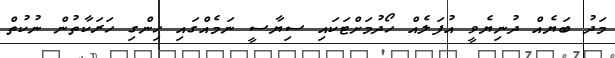
މަދު ބަޔެއް ދުނިޔެވީ އުފަލެއް ހޯދުމަށްޓަކައި ސިޔާސީ ނަމެއްގައި ހިންގި ހަރަކާތުން ނުކުތް